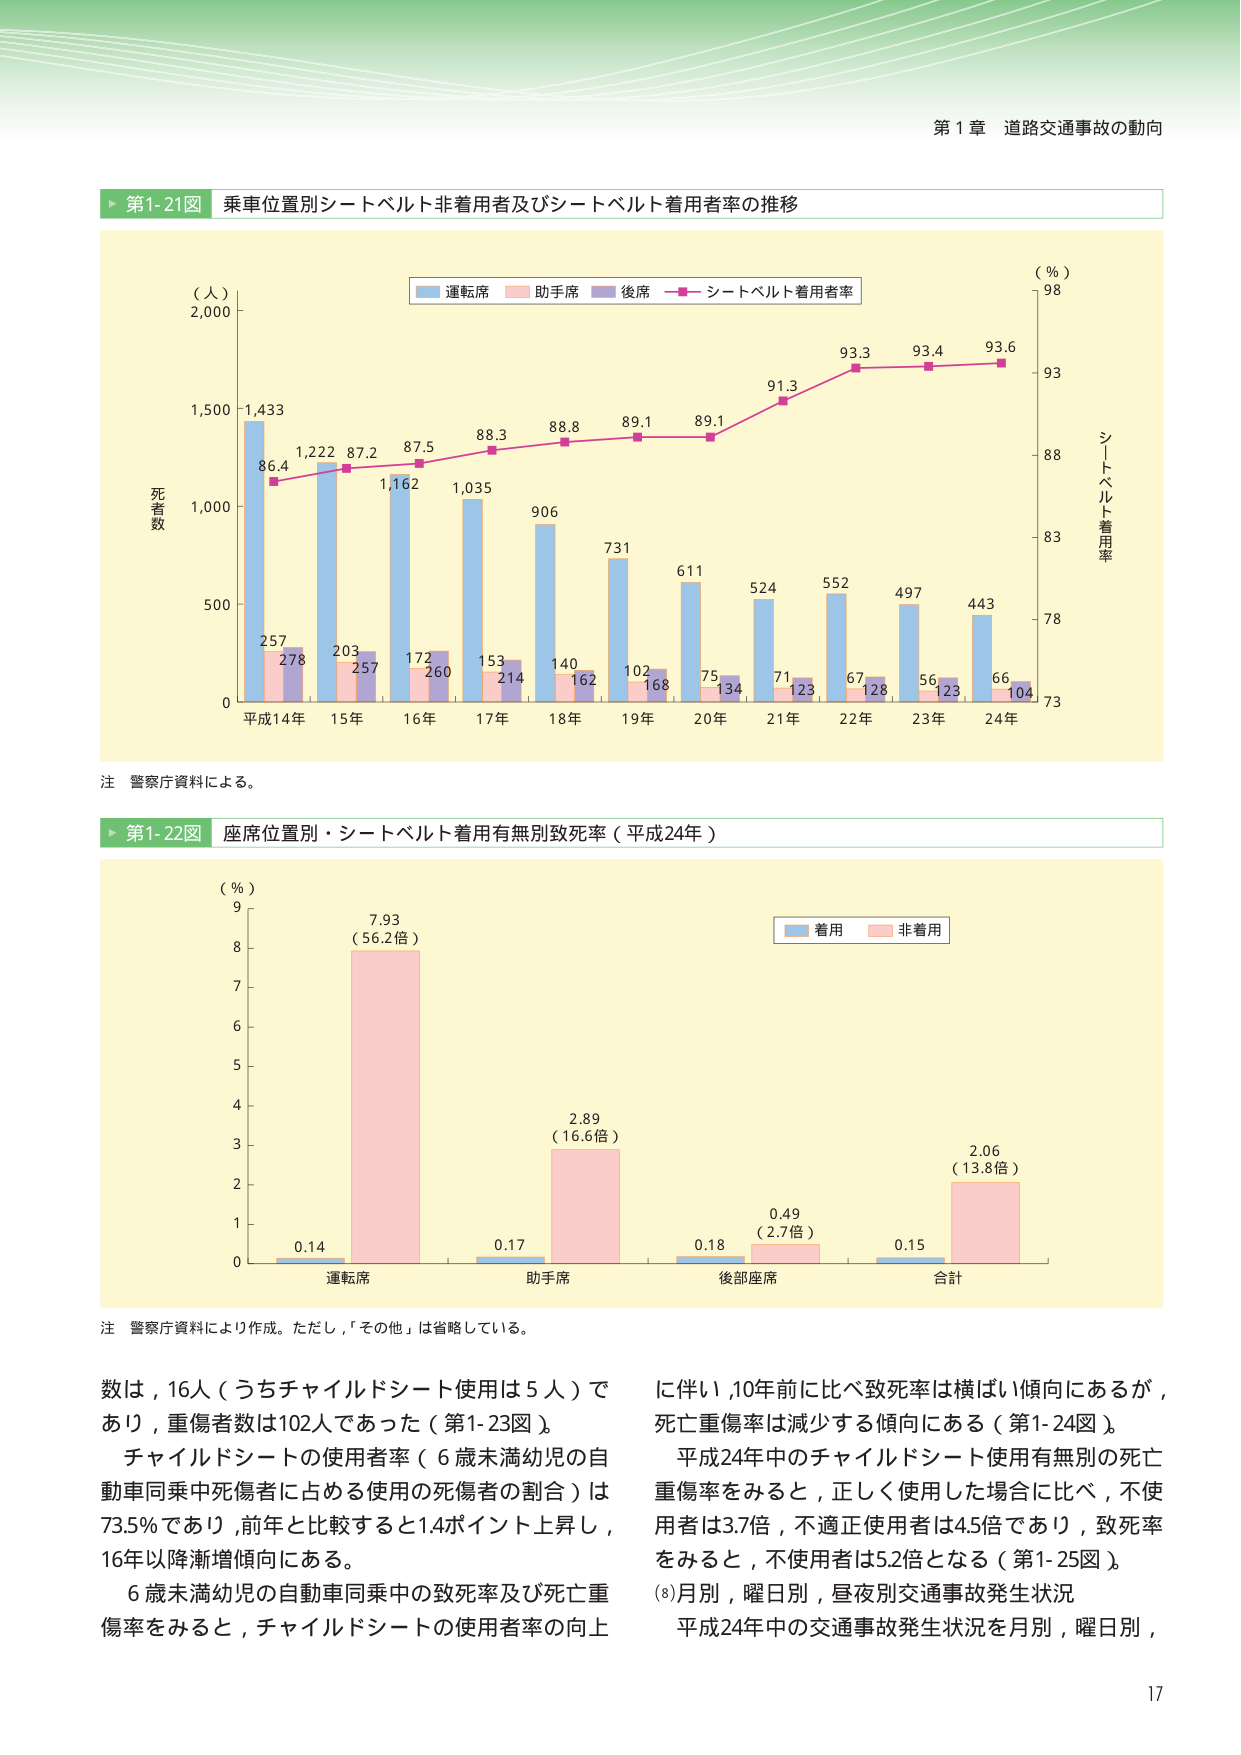
第１章 道路交通事故の動向

▶ 第1-21図 乗車位置別シートベルト非着用者及びシートベルト着用者率の推移

（人）
2,000
1,500
1,000
500
0

死者数

運転席
助手席
後席
シートベルト着用者率

（％）
98
93
88
83
78
73

シートベルト着用率

平成14年
1,433
257
278
86.4

15年
1,222
203
257
87.2

16年
1,162
172
260
87.5

17年
1,035
153
214
88.3

18年
906
140
162
88.8

19年
731
102
168
89.1

20年
611
75
134
89.1

21年
524
71
123
91.3

22年
552
67
128
93.3

23年
497
56
123
93.4

24年
443
66
104
93.6

注 警察庁資料による。

▶ 第1-22図 座席位置別・シートベルト着用有無別致死率（平成24年）

（％）
9
8
7
6
5
4
3
2
1
0

着用
非着用

運転席
0.14
7.93
（56.2倍）

助手席
0.17
2.89
（16.6倍）

後部座席
0.18
0.49
（2.7倍）

合計
0.15
2.06
（13.8倍）

注 警察庁資料により作成。ただし、「その他」は省略している。

数は，16人（うちチャイルドシート使用は5人）であり，重傷者数は102人であった（第1-23図）。
チャイルドシートの使用者率（6歳未満幼児の自動車同乗中死傷者に占める使用の死傷者の割合）は73.5％であり，前年と比較すると1.4ポイント上昇し，16年以降漸増傾向にある。
6歳未満幼児の自動車同乗中の致死率及び死亡重傷率をみると，チャイルドシートの使用者率の向上に伴い，10年前に比べ致死率は横ばい傾向にあるが，死亡重傷率は減少する傾向にある（第1-24図）。
平成24年中のチャイルドシート使用有無別の死亡重傷率をみると，正しく使用した場合に比べ，不使用者は3.7倍，不適正使用者は4.5倍であり，致死率をみると，不使用者は5.2倍となる（第1-25図）。
(8)月別，曜日別，昼夜別交通事故発生状況
平成24年中の交通事故発生状況を月別，曜日別，

17